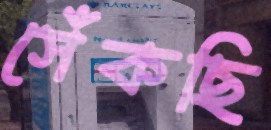
সেঁকছি